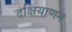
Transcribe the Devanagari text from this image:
दक्षियाणन